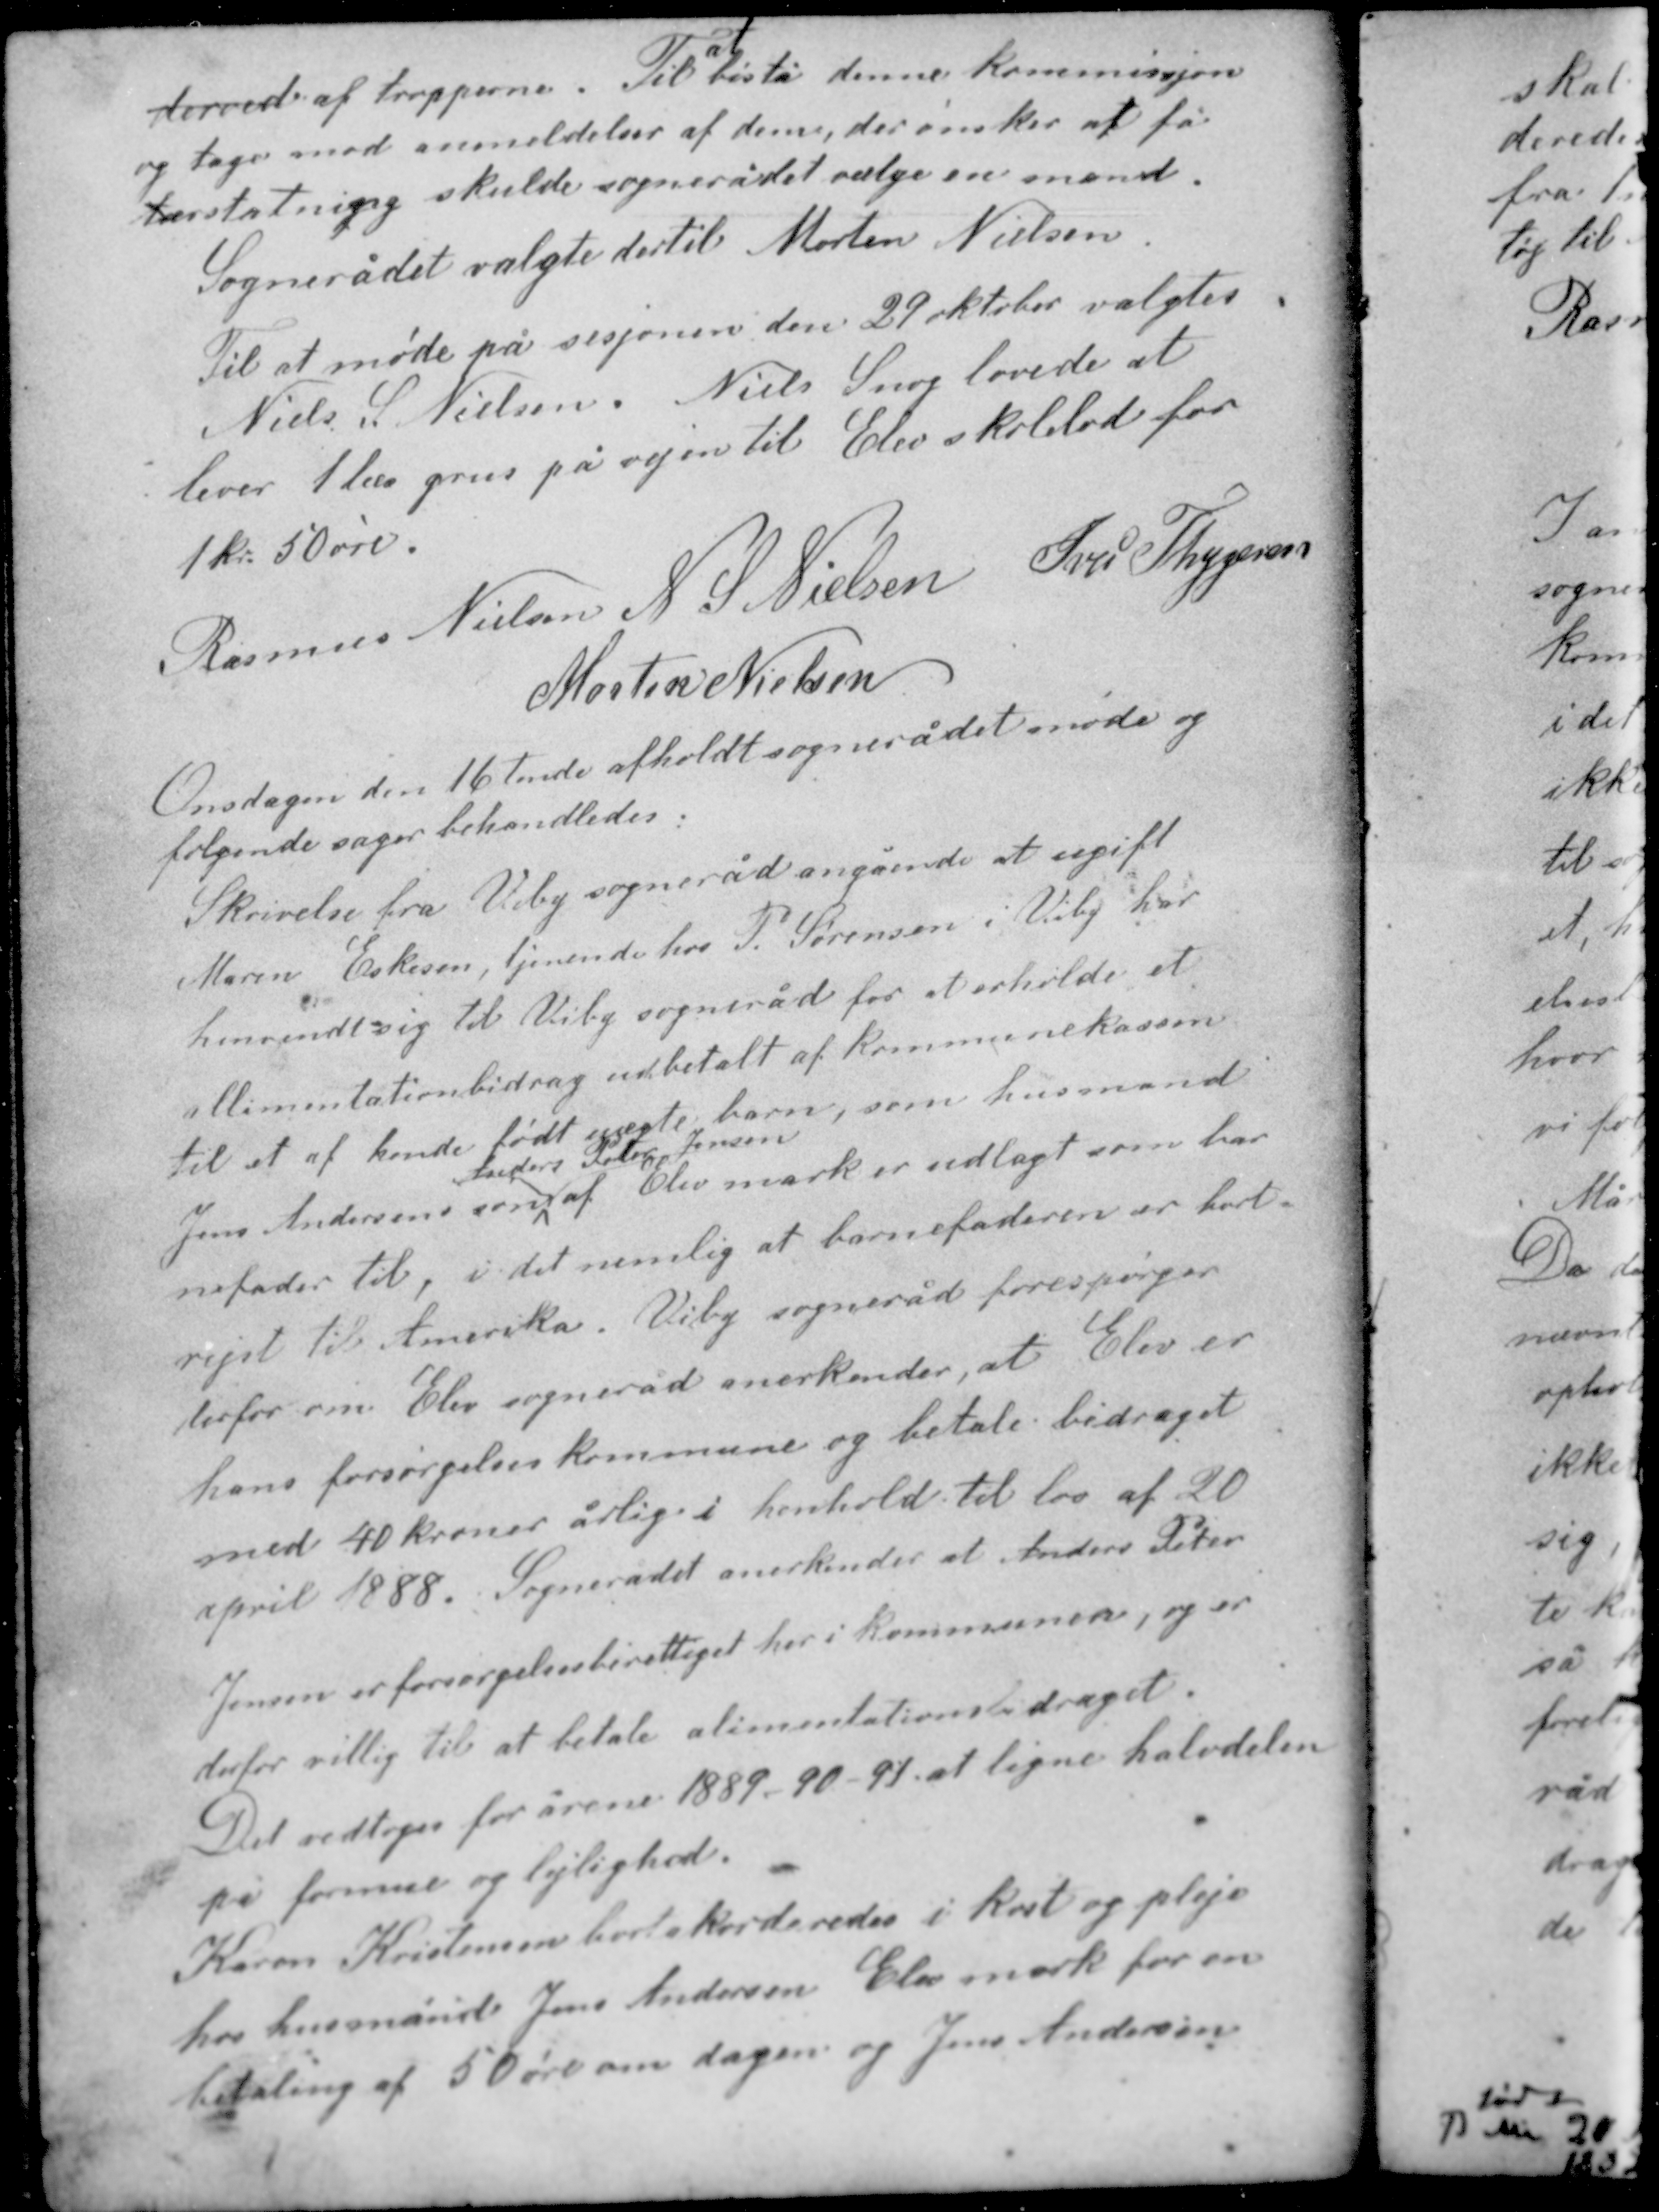
Transskription:
at
derved af tropperne. Til bistå denne kommissjon
og tager mod anmeldelser af dem, der ønsker at få
erstatning skulde sognerådet vælge en mand.
Sognerådet valgte dertil Morten Nielsen.
Til at møde på sesjonen den 29 oktober valgtes
Niels S. Nielsen. Niels Snog lovede at
lever 1 læs grus på vejen til Elev skolelod for
1 kr. 50 øre.

Rasmus Nielsen N. S. Nielsen Iver Thygesen
Morten Nielsen

Onsdagen den 16 tende afholdt sognerådet møde og
følgende sager behandledes:
Skrivelse fra Viby sogneråd angående at ugift
Maren Eskesen, tjenende hos P. Sørensen i Viby har
henvendt sig til Viby sogneråd for at erholde et
allimentationsbidrag udbetalt af kommunekassen
til et af hende født uægte barn, som husmand
Anders Peter Jensen
Jens Andersens søn af Elev mark er udlagt som bar-
nefader til, i det nemlig at barnefaderen er bort-
rejst til Amerika. Viby sogneråd forespørger
derfor om Elev sogneråd anerkender, at Elev er

hans forsørgelses kommune og betale bidraget
med 40 kroner årlig i henhold til lov af 20
april 1888. Sognerådet anerkender at Anders Peter
Jensen er forsørgelsesberettiget her i kommunen, og er
derfor villig til at betale alimentationsbidraget.
Det vedtoges for årene 1889-90-91 at ligne halvdelen
på formue og lejlighed.
Karen Kristensen bortakorderedes i kost og pleje
hos husmand Jens Andersen Elev mark for en
betaling af 50 øre om dagen og Jens Andersen